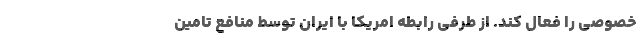
خصوصی را فعال کند. از طرفی رابطه امریکا با ایران توسط منافع تامین